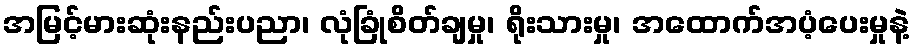
အမြင့်မားဆုံးနည်းပညာ၊ လုံခြုံစိတ်ချမှု၊ ရိုးသားမှု၊ အထောက်အပံ့ပေးမှုနဲ့